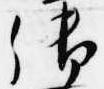
御